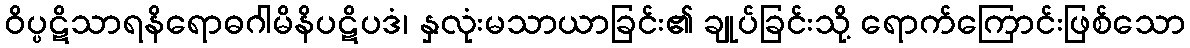
ဝိပ္ပဋိသာရနိရောဓဂါမိနိပဋိပဒံ၊ နှလုံးမသာယာခြင်း၏ ချုပ်ခြင်းသို့ ရောက်ကြောင်းဖြစ်သော